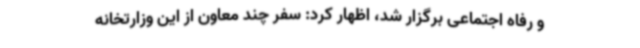
و رفاه اجتماعی برگزار شد، اظهار کرد: سفر چند معاون از این وزارتخانه